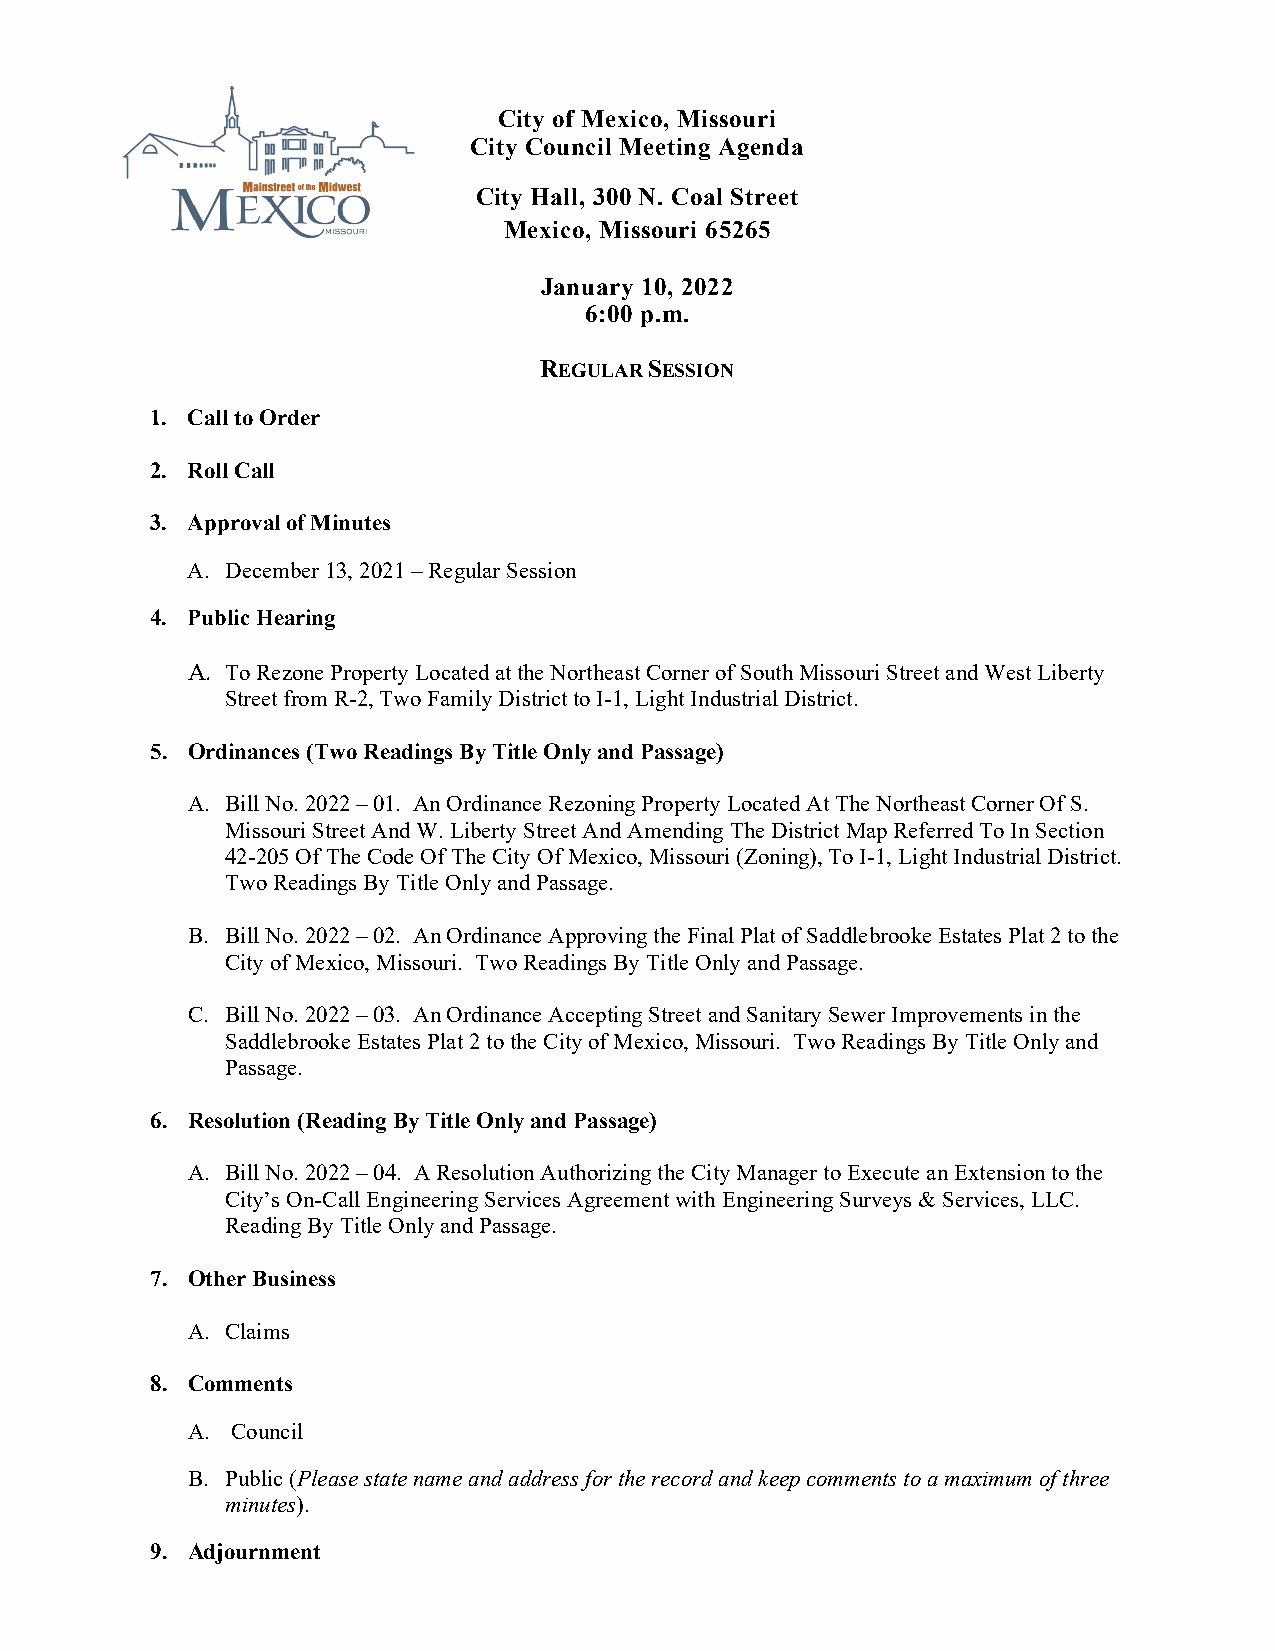
City of Mexico, Missouri
 City Council Meeting Agenda
 City Hall, 300 N. Coal Street
 Mexico, Missouri 65265
 January 10, 2022
 6:00 p.m.
 REGULAR SESSION
 1. Call to Order
 2. Roll Call
 3. Approval of Minutes
 A. December 13, 2021 – Regular Session
 4. Public Hearing
 A. To Rezone Property Located at the Northeast Corner of South Missouri Street and West Liberty
 Street from R-2, Two Family District to I-1, Light Industrial District.
 5. Ordinances (Two Readings By Title Only and Passage)
 A. Bill No. 2022 – 01. An Ordinance Rezoning Property Located At The Northeast Corner Of S.
 Missouri Street And W. Liberty Street And Amending The District Map Referred To In Section
 42-205 Of The Code Of The City Of Mexico, Missouri (Zoning), To I-1, Light Industrial District.
 Two Readings By Title Only and Passage.
 B. Bill No. 2022 – 02. An Ordinance Approving the Final Plat of Saddlebrooke Estates Plat 2 to the
 City of Mexico, Missouri. Two Readings By Title Only and Passage.
 C. Bill No. 2022 – 03. An Ordinance Accepting Street and Sanitary Sewer Improvements in the
 Saddlebrooke Estates Plat 2 to the City of Mexico, Missouri. Two Readings By Title Only and
 Passage.
 6. Resolution (Reading By Title Only and Passage)
 A. Bill No. 2022 – 04. A Resolution Authorizing the City Manager to Execute an Extension to the
 City’s On-Call Engineering Services Agreement with Engineering Surveys & Services, LLC.
 Reading By Title Only and Passage.
 7. Other Business
 A. Claims
 8. Comments
 A. Council
 B. Public (Please state name and address for the record and keep comments to a maximum of three
 minutes).
 9. Adjournment